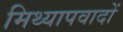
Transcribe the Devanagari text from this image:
मिथ्‍यापवादों